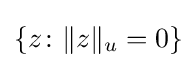
\{z\colon \lVert z\rVert _{u}=0\}